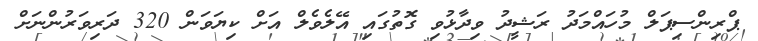
ޕްރިންސިޕަލް މުހައްމަދު ރަޝީދު ވިދާޅުވި ގޮތުގައި އޭލެވެލް އަށް ކިޔަވަން 320 ދަރިވަރުންނަށް